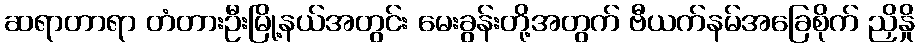
ဆရာတာရာ တံတားဦးမြို့နယ်အတွင်း မေးခွန်းတို့အတွက် ဗီယက်နမ်အခြေစိုက် ညှိနှို